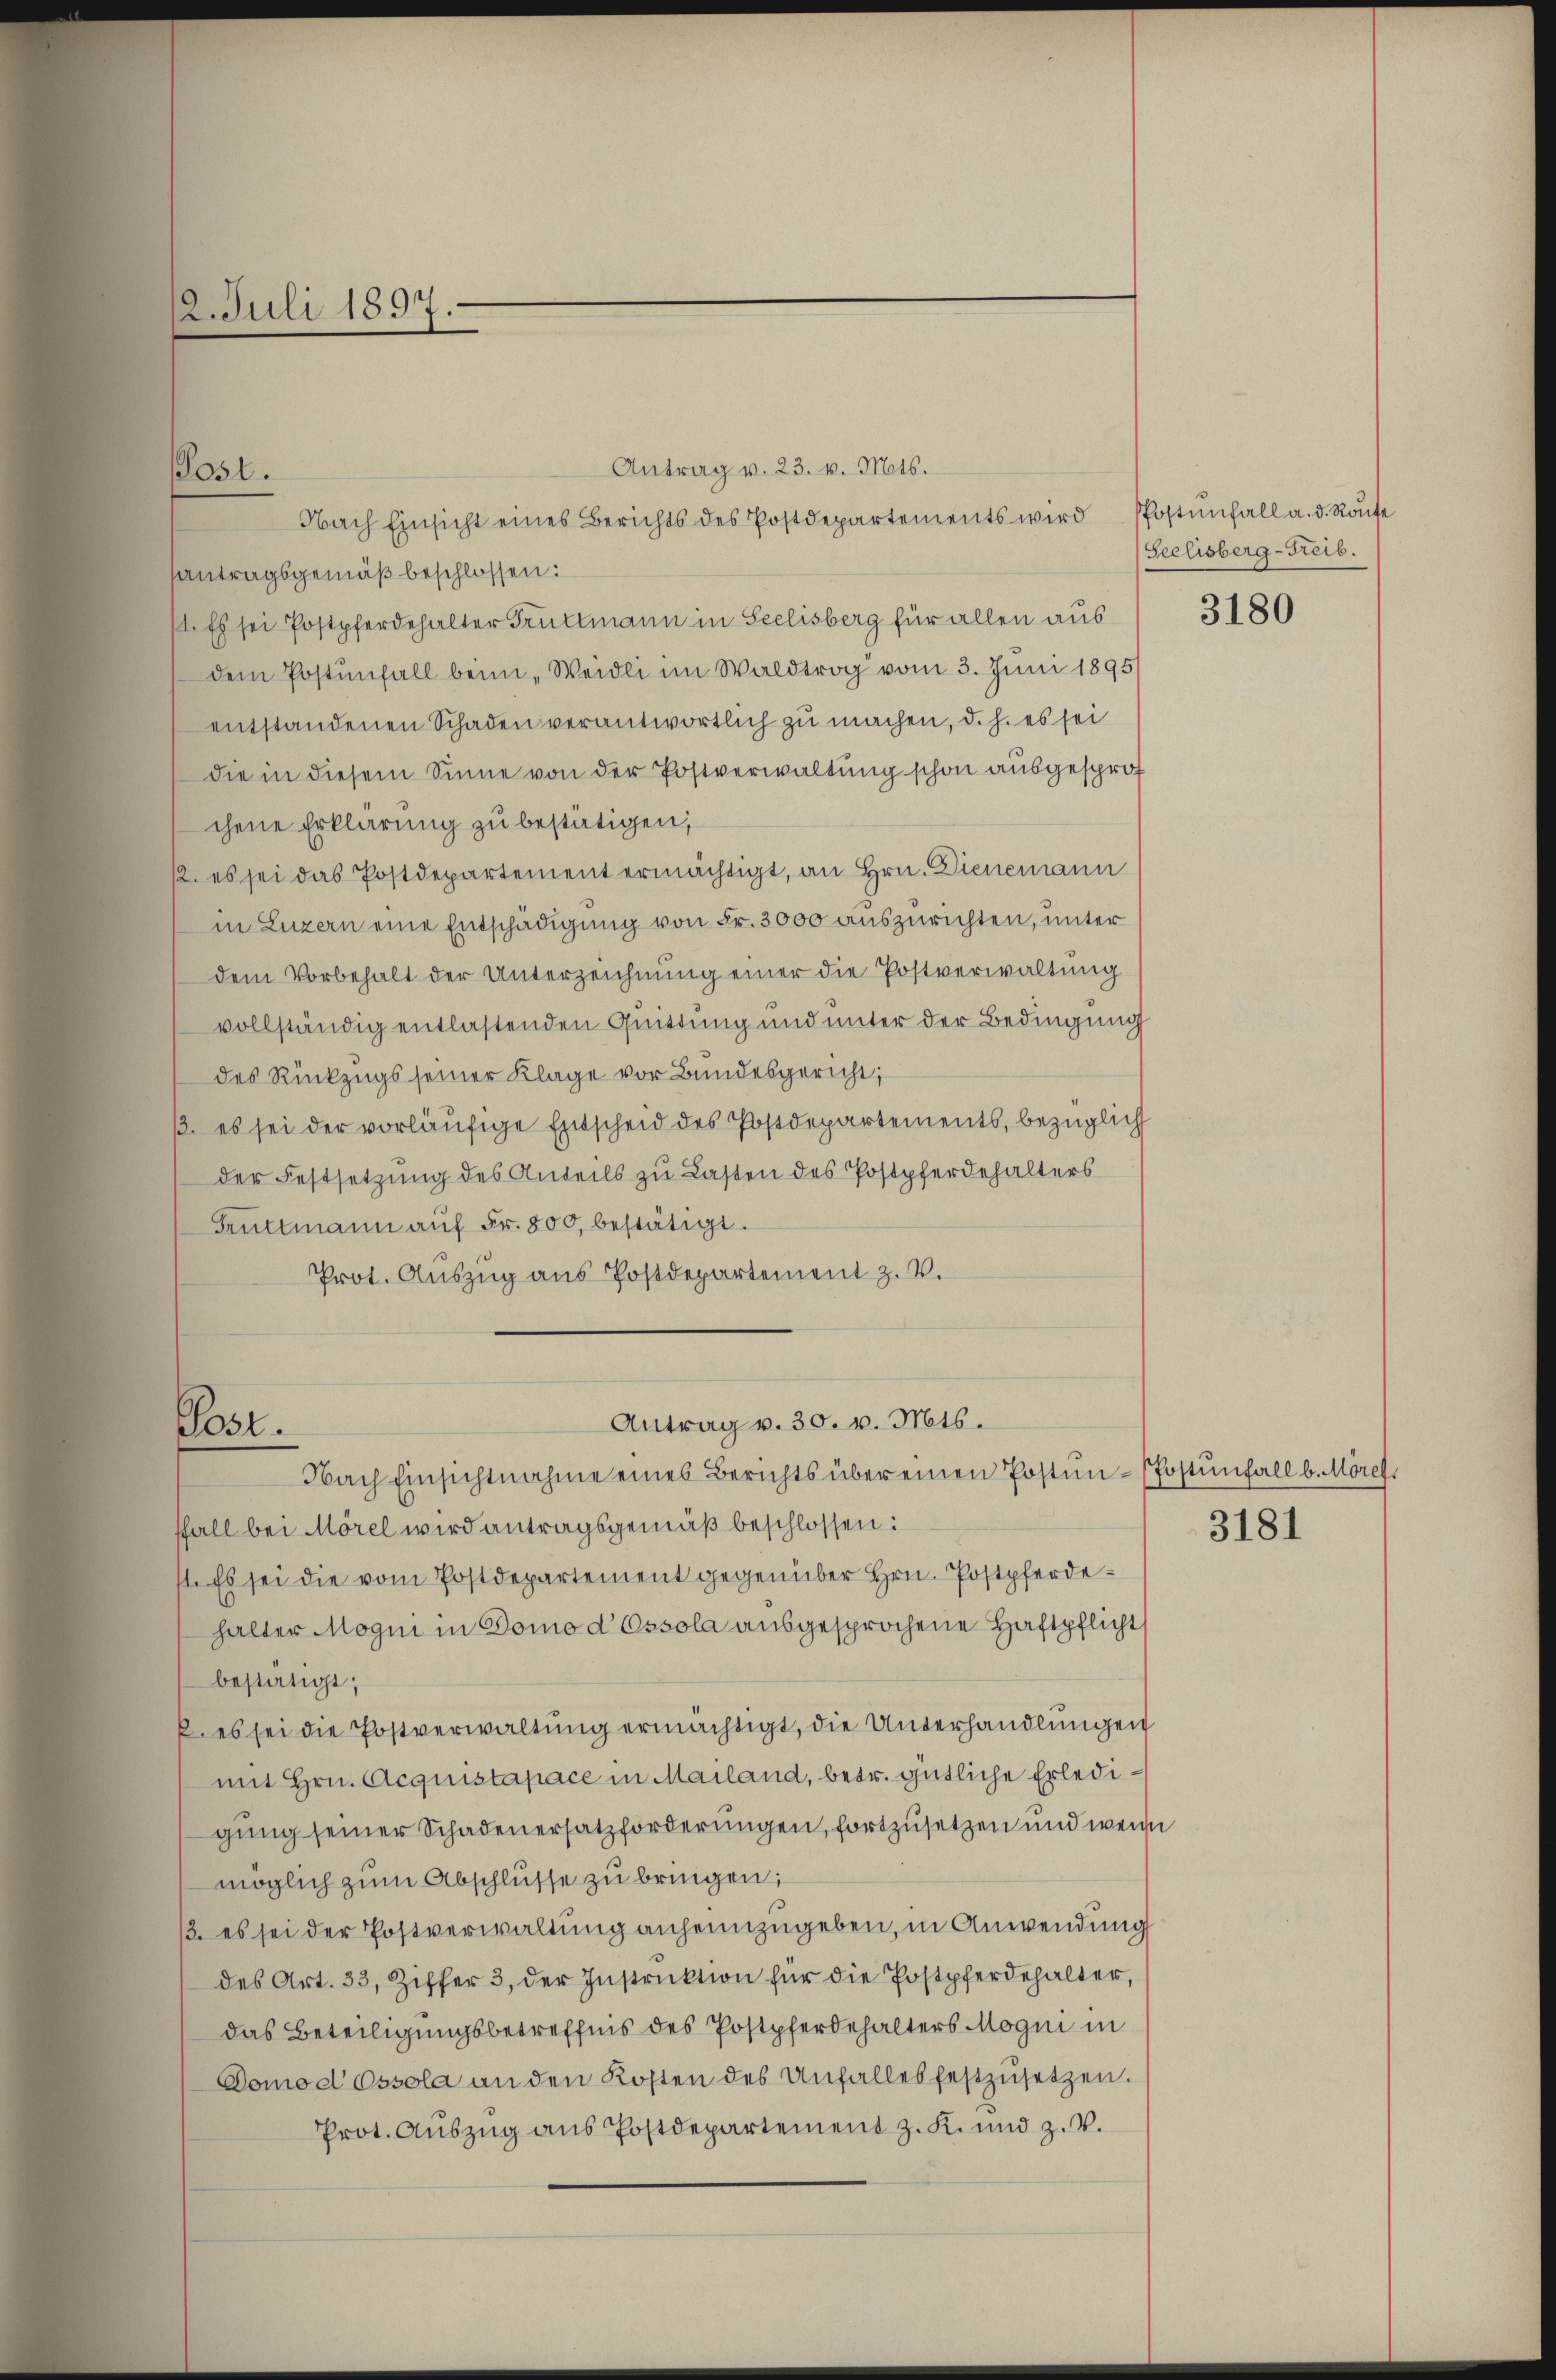
Antrag v. 23. v. Mts.
antragsgemäß beschlossen:
1. Es sei Postpferdehalter Truttmann in Seelisberg für allen aus
dem Postenfall beim „Weidli im Waldtrag vom 3. Juni 1895
entstandenen Schaden verantwortlich zu machen, d. h. es sei
die in diesem Sinne von der Postverwaltung schon ausgesprot
chene Erklärung zu bestätigen,
12. es sei das Postdepartement ermächtigt, an Hrn. Dienemann
in Luzern eine Entschädigung von Fr. 3000 auszurichten, unter
dem Vorbehalt der Unterzeichnung einer die Postverwaltung
vollständig entlastenden Quittung und unter der Bedingung
des Rückzugs seiner Klage vor Bundesgericht;
ß. es sei der vorläufige Entscheid des Postdepartements, bezüglich
der Festsetzung des Anteils zu Lasten des Postpferdehalters
Gruttmann aŭf Fr. 800, bestätigt.
Prot. Auszug aus Postdepartement z. V.

12. Juli 1897.

Post.

Nach Einsicht eines Berichts des Postdepartements wird Postenfall a. d. Rouse

Antrag v. 30. v. Mts.
klost
Nach Einsichtnahme eines Berichts über einen Postun-Postenfall b. Mörch

ffall bei Morel wird antragsgemäß beschlossen:
1. Es sei die vom Postdepartement gegenüber Hrn. Postpferdehalter Mogni in Domo d Ossola ausgesprochene Haftpflicht
bestätigt;
 es sei die Postverwaltung ermächtigt, die Unterhandlungen
mit Hrn. Acquistapace in Mailand, betr. gütliche Erledigung seiner Schadenersatzforderungen, fortzusetzen und wenn
möglich zum Abschlüsse zu bringen;
2. es sei der Postverwaltung anheimzugeben, in Anwendung
des Art. 33, Ziffer 3, der Instruktion für die Postpferdehalter,
das Beteiligungsbetreffnis des Postpferdehalters Mogni in
Domodossola an den Kosten des Unfalles festzusetzen.
Prot. Aŭszŭg ans Postdepartement z. K. und z. B.

Seelisberg-Freib.
3180

3181